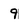
Character: 9